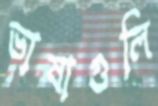
ভাষাগুলি